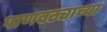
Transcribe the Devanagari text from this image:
पाणवठ्याच्‍या